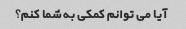
آیا می توانم کمکی به شما کنم؟